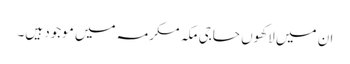
ان میں لاکھوں حاجی مکہ مکرمہ میں موجود ہیں۔